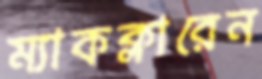
ম্যাকক্লারেন